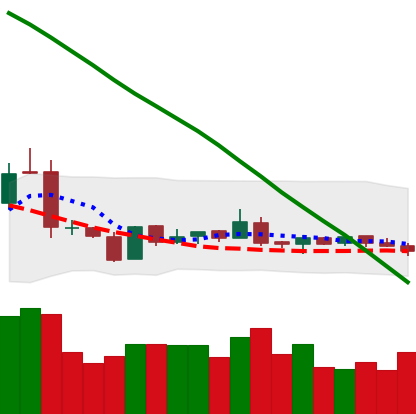
Ticker: NEO-USD
Chart end date: 2019-01-27
Forward return: -5.214%
Label: down_5_7